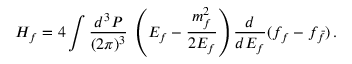
H _ { f } = 4 \int \frac { d ^ { 3 } P } { ( 2 \pi ) ^ { 3 } } \; \left( E _ { f } - { \frac { m _ { f } ^ { 2 } } { 2 E _ { f } } } \right) { \frac { d } { d E _ { f } } } ( f _ { f } - f _ { \bar { f } } ) \, .